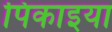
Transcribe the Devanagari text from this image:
पिकाइया